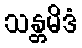
သန္တမိဒံ